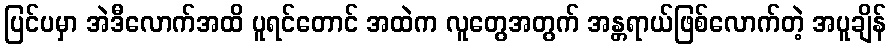
ပြင်ပမှာ အဲဒီလောက်အထိ ပူရင်တောင် အထဲက လူတွေအတွက် အန္တရာယ်ဖြစ်လောက်တဲ့ အပူချိန်